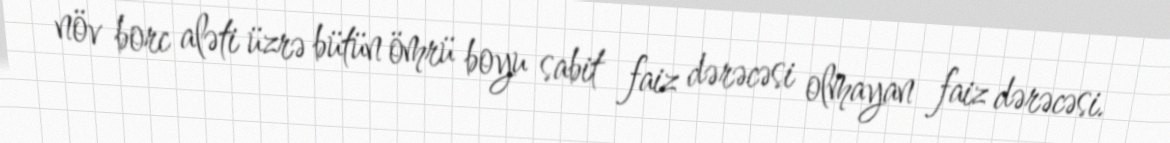
növ borc aləti üzrə bütün ömrü boyu sabit faiz dərəcəsi olmayan faiz dərəcəsi.